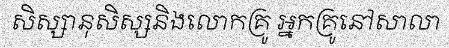
សិស្សានុសិស្សនិងលោកគ្រូ អ្នកគ្រូនៅសាលា